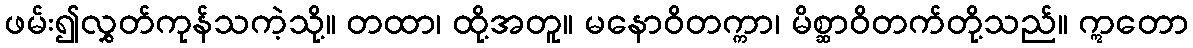
ဖမ်း၍လွှတ်ကုန်သကဲ့သို့။ တထာ၊ ထို့အတူ။ မနောဝိတက္ကာ၊ မိစ္ဆာဝိတက်တို့သည်။ ဣတော